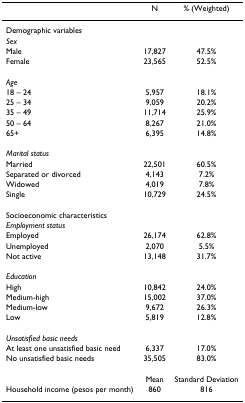
|  | N | % (Weighted) |
 | --- | --- | --- |
 | Demographic variables |  |  |
 | Sex |  |  |
 | Male | 17,827 | 47.5% |
 | Female | 23,565 | 52.5% |
 | Age |  |  |
 | 18 – 24 | 5,957 | 18.1% |
 | 25 – 34 | 9,059 | 20.2% |
 | 35 – 49 | 11,714 | 25.9% |
 | 50 – 64 | 8,267 | 21.0% |
 | 65+ | 6,395 | 14.8% |
 | Marital status |  |  |
 | Married | 22,501 | 60.5% |
 | Separated or divorced | 4,143 | 7.2% |
 | Widowed | 4,019 | 7.8% |
 | Single | 10,729 | 24.5% |
 | Socioeconomic characteristics |  |  |
 | Employment status |  |  |
 | Employed | 26,174 | 62.8% |
 | Unemployed | 2,070 | 5.5% |
 | Not active | 13,148 | 31.7% |
 | Education |  |  |
 | High | 10,842 | 24.0% |
 | Medium-high | 15,002 | 37.0% |
 | Medium-low | 9,672 | 26.3% |
 | Low | 5,819 | 12.8% |
 | Unsatisfied basic needs |  |  |
 | At least one unsatisfied basic need | 6,337 | 17.0% |
 | No unsatisfied basic needs | 35,505 | 83.0% |
 |  | Mean | Standard Deviation |
 | Household income (pesos per month) | 860 | 816 |